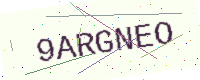
Text: 9ARGNEO